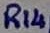
Text: R14